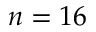
n = 1 6